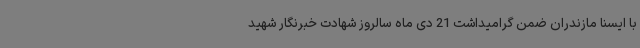
با ایسنا مازندران ضمن گرامیداشت 21 دی ماه سالروز شهادت خبرنگار شهید